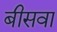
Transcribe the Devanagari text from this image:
बीसवा